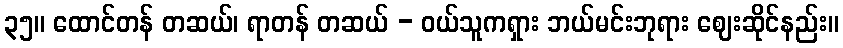
၃၅။ ထောင်တန် တဆယ်၊ ရာတန် တဆယ် - ဝယ်သူကရှား ဘယ်မင်းဘုရား ဈေးဆိုင်နည်း။